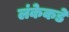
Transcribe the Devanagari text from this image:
लंकेकडे